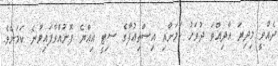
ދެއްވީ މިދިޔަ އާދިއްތަ ދުވަހު ކަމަށާއި އިސްތިއުފާގެ ސިޓީ އިއްޔެ ފޮނުއްވާފައިވާނެ ކަމަށެވެ.